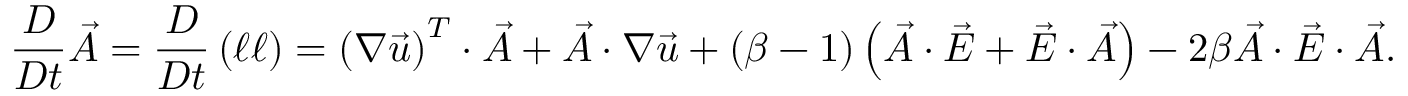
\frac { D } { D t } \vec { A } = \frac { D } { D t } \left( \boldsymbol { \ell } \boldsymbol { \ell } \right) = \left( \boldsymbol { \nabla } \vec { u } \right) ^ { T } \cdot \vec { A } + \vec { A } \cdot \boldsymbol { \nabla } \vec { u } + ( \beta - 1 ) \left( \vec { A } \cdot \vec { E } + \vec { E } \cdot \vec { A } \right) - 2 \beta \vec { A } \cdot \vec { E } \cdot \vec { A } .